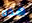
هذه